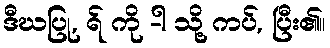
ဒီဃပြု, ရ် ကို -ါ သို့ ကပ်, ပြီး၏။